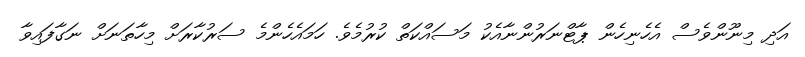
އަދި މިނޫންވެސް އެހެނިހެން ޕާޓްނަރުންނާއެކު މަސައްކަތް ކުރުމެވެ. ހަމައެހެންމެ ސަރުކާރަށް މިހާތަނަށް ނަގާފައިވާ